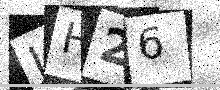
Text: JH26